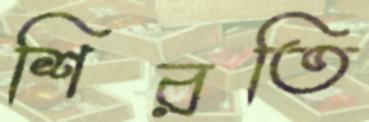
শিরতি